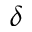
\delta